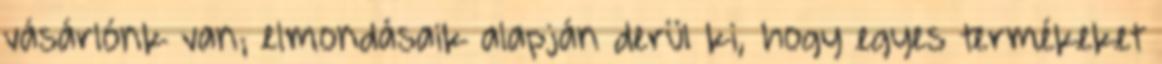
vásárlónk van; elmondásaik alapján derül ki, hogy egyes termékeket